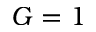
G = 1